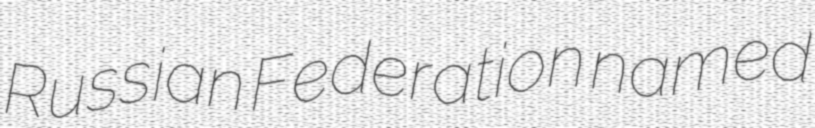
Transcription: Russian Federation named